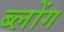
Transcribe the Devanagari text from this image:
ब्लोंग